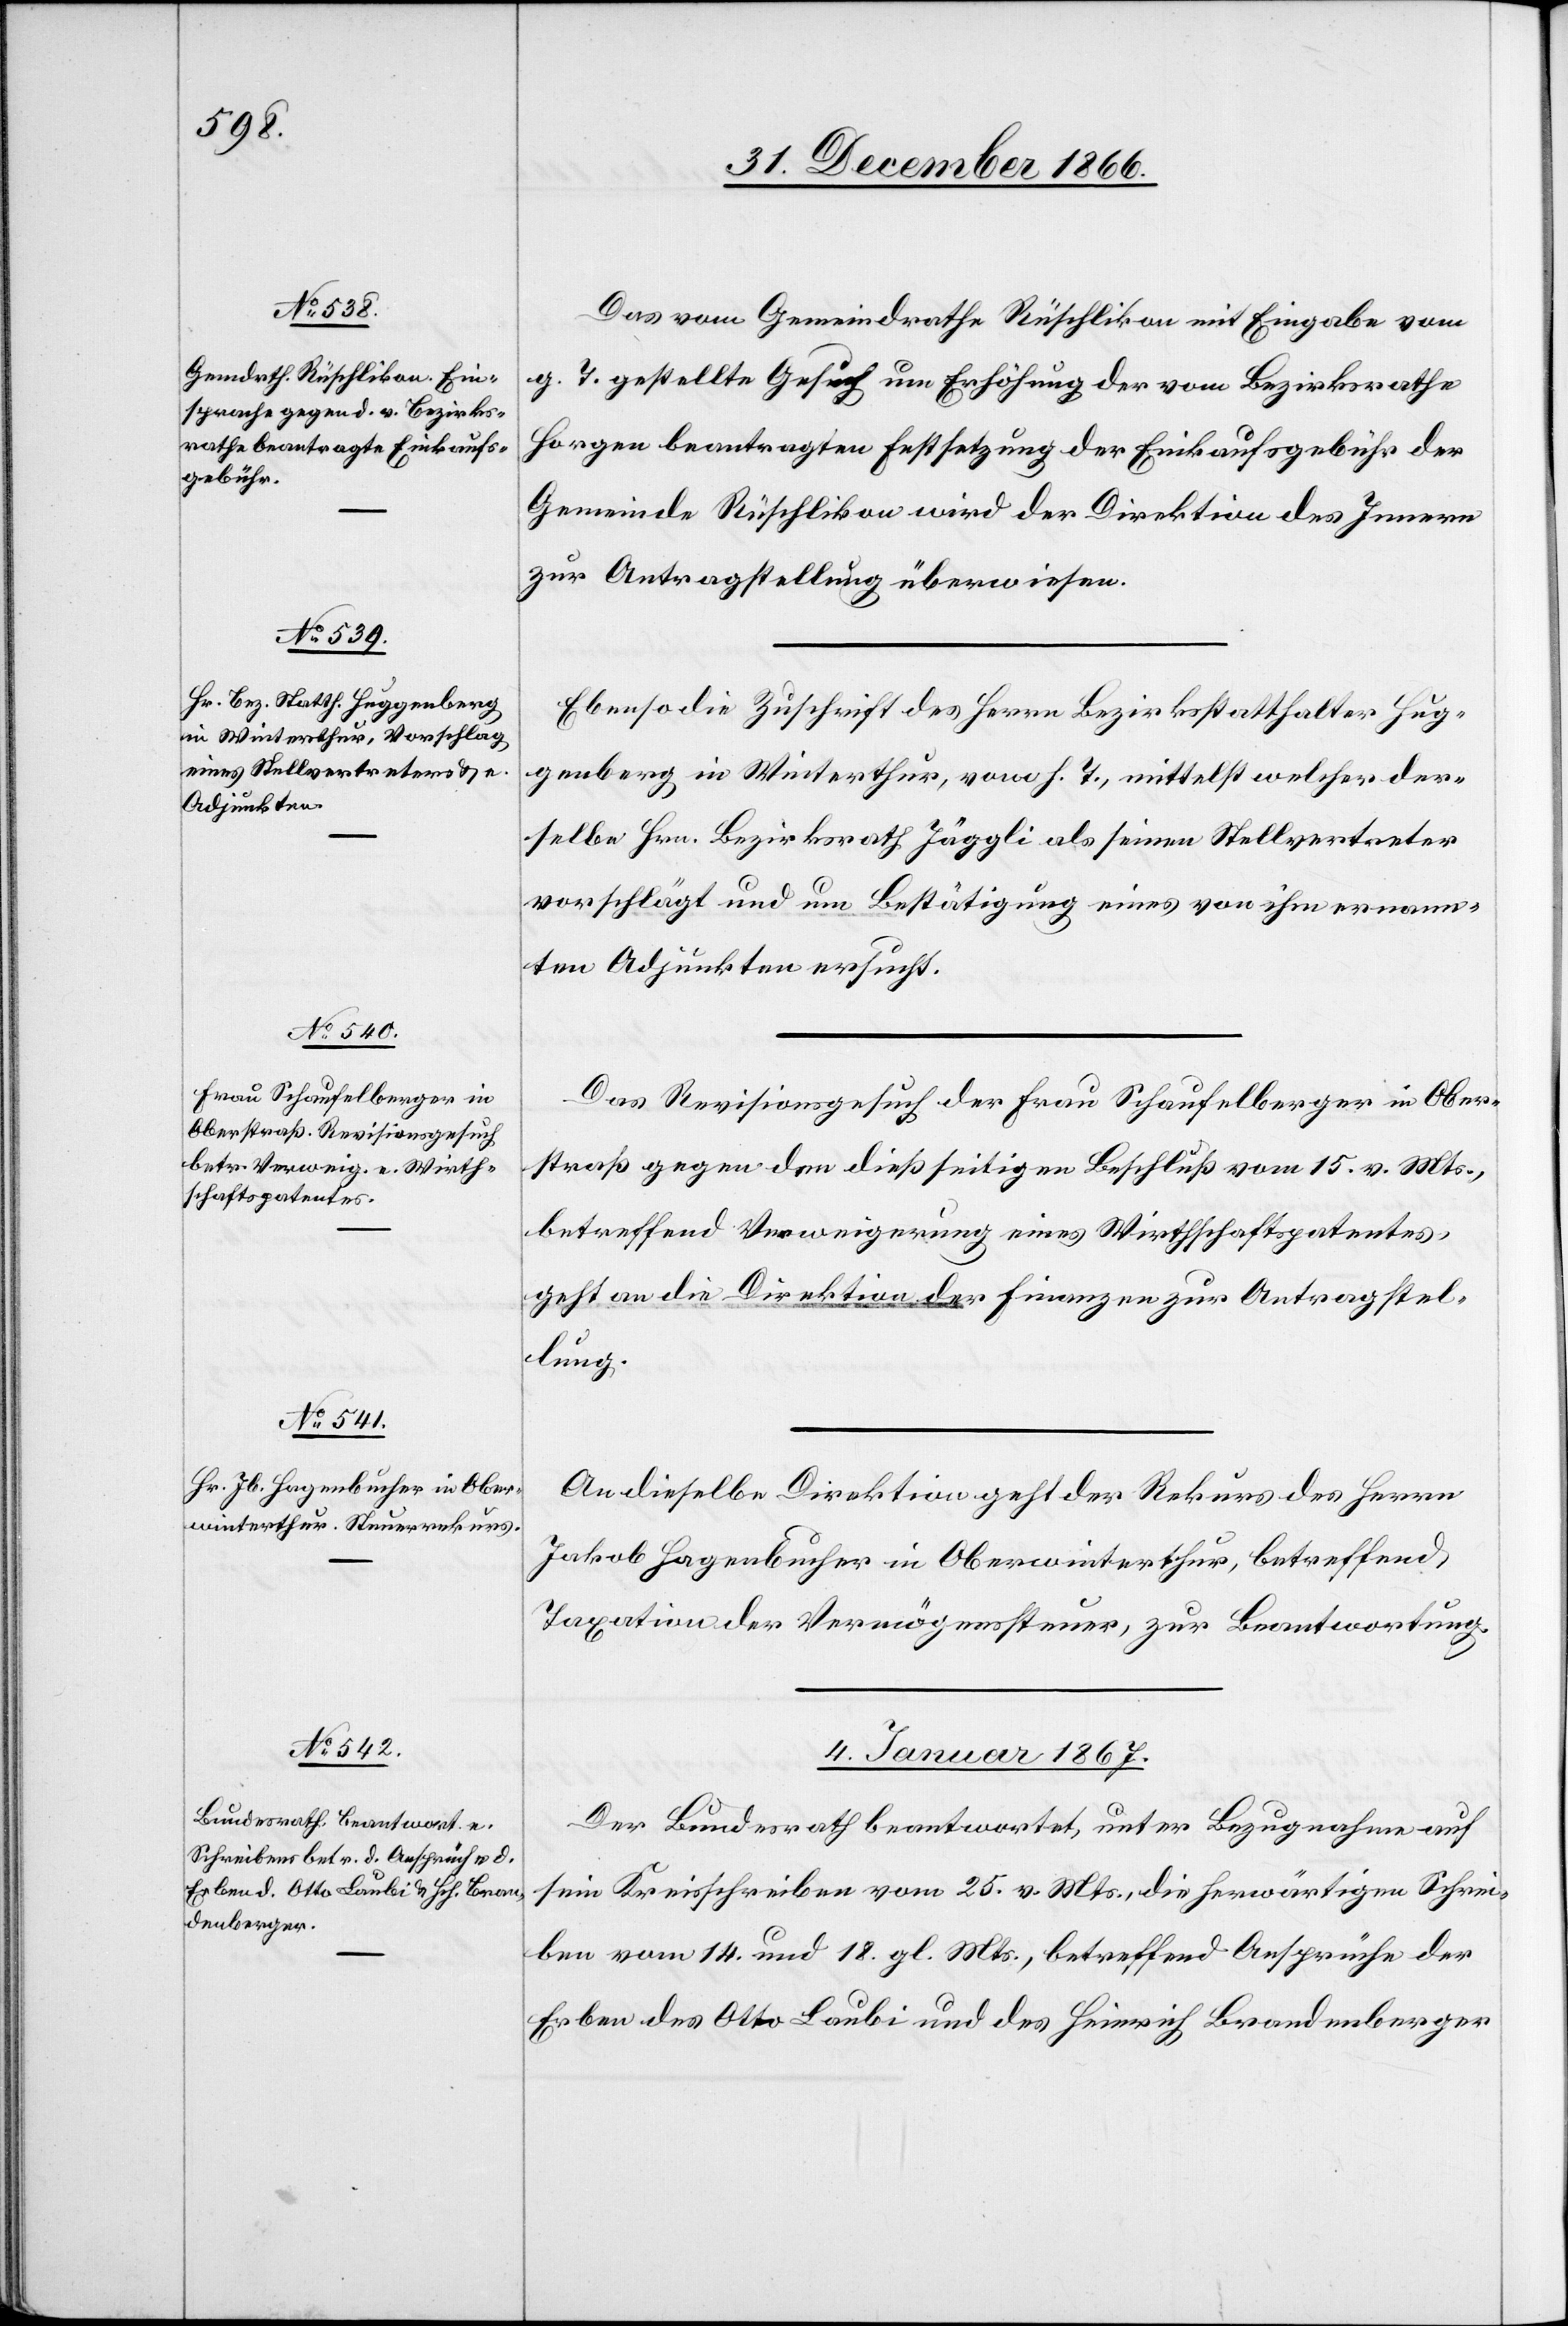
Das vom Gemeindrathe Rüschlikon mit Eingabe vom
g. T. gestellte Gesuch um Erhöhung der vom Bezirksrathe
Horgen beantragten Festsetzung der Einkaufsgebühr der
Gemeinde Rüschlikon wird der Direktion des Innern
zur Antragstellung überwiesen.
Ebenso die Zuschrift des Herrn Bezirksstatthalter Hug¬
genberg in Winterthur, vom h. T., mittelst welcher der¬
selbe Hrn. Bezirksrath Jäggli als seinen Stellvertreter
vorschlägt und um Bestätigung eines von ihm ernann¬
ten Adjunkten ersucht.
Das Revisionsgesuch der Frau Schaufelberger in Ober¬
straß gegen den dießseitigen Beschluß vom 15. v. Mts.
betreffend Verweigerung eines Wirthschaftspatentes
geht an die Direktion der Finanzen zur Antragstel¬
lung.
An dieselbe Direktion geht der Rekurs des Herrn
Jakob Hagenbucher in Oberwinterthur, betreffend
Taxation der Vermögenssteuer, zur Beantwortung.
4. Januar 1867.
Der Bundesrath beantwortet, unter Bezugnahme auf
sein Kreisschreiben vom 25. v. Mts., die herwärtigen Schrei¬
ben vom 14. und 18. gl. Mts., betreffend Ansprüche der
Erben des Otto Laubi und des Heinrich Brandenberger